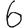
Digit: 6